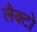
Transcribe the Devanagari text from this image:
लैक्टो